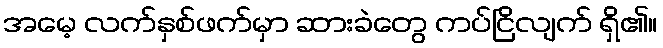
အမေ့ လက်နှစ်ဖက်မှာ ဆားခဲတွေ ကပ်ငြိလျက် ရှိ၏။